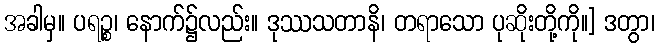
အခါမှ။ ပရဉ္စ၊ နောက်၌လည်း။ ဒုဿသတာနိ၊ တရာသော ပုဆိုးတို့ကို။] ဒတွာ၊